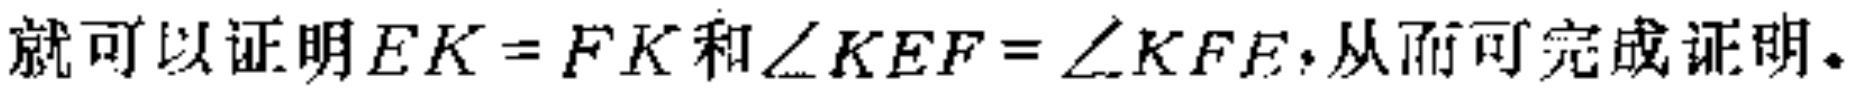
就可以证明\(EK = FK\)和\(\angle KEF=\angle KFE\)，从而可完成证明。